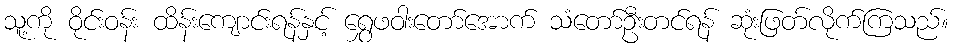
သူ့ကို ဝိုင်းဝန်း ထိန်းကျောင်းရန်နှင့် ရွှေဖဝါးတော်အောက် သံတော်ဦးတင်ရန် ဆုံးဖြတ်လိုက်ကြသည်။